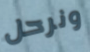
ونرحل